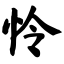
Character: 怜